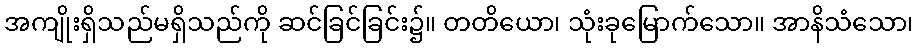
အကျိုးရှိသည်မရှိသည်ကို ဆင်ခြင်ခြင်း၌။ တတိယော၊ သုံးခုမြောက်သော။ အာနိသံသော၊